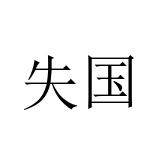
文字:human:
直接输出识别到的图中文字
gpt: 失国